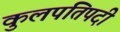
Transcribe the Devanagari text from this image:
कुलपतिपदी